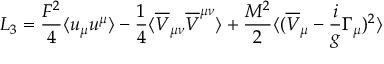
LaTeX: { \cal L } _ { 3 } = \frac { F ^ { 2 } } { 4 } \langle u _ { \mu } u ^ { \mu } \rangle - \frac { 1 } { 4 } \langle \overline { { V } } _ { \mu \nu } \overline { { V } } ^ { \mu \nu } \rangle + \frac { M ^ { 2 } } { 2 } \langle ( \overline { { V } } _ { \mu } - \frac { i } { g } \Gamma _ { \mu } ) ^ { 2 } \rangle